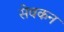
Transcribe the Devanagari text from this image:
सेवकन